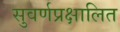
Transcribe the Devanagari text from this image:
सुवर्णप्रक्षालित